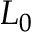
L _ { 0 }